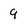
Character: g